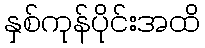
နှစ်ကုန်ပိုင်းအထိ